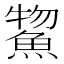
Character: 𫙦